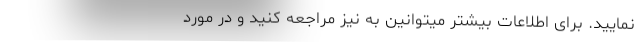
نمایید. برای اطلاعات بیشتر میتوانین به نیز مراجعه کنید و در مورد